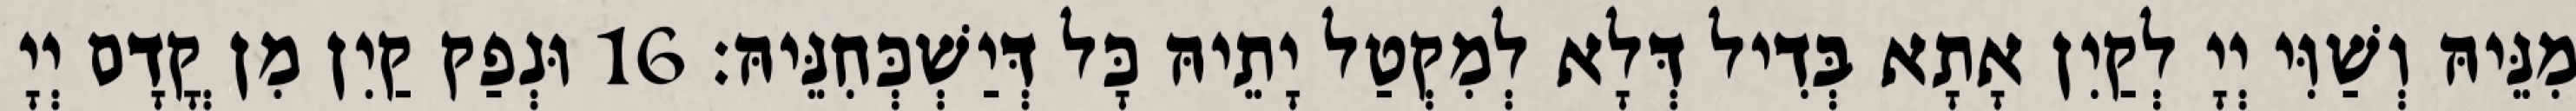
מִנֵּיהּ וְשַׁוִּי יְיָ לְקַיִן אָתָא בְּדִיל דְּלָא לְמִקְטַל יָתֵיהּ כָּל דְּיַשְׁכְּחִנֵּיהּ׃ 16 וּנְפַק קַיִן מִן קֳדָם יְיָ